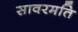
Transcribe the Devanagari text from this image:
सावरमति